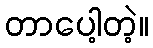
တာပေါ့တဲ့။